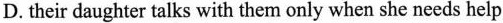
D. their daughter talks with them only when she needs help